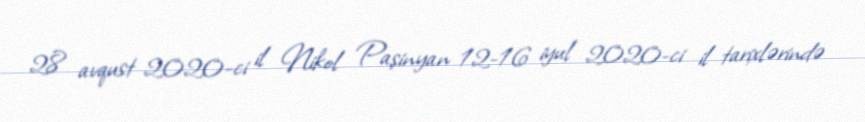
28 avqust 2020-ci il Nikol Paşinyan 12-16 iyul 2020-ci il tarixlərində